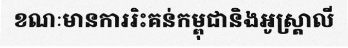
ខណៈមានការរិះគន់កម្ពុជានិងអូស្ត្រាលី